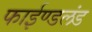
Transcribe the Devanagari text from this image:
फाईण्डलंड